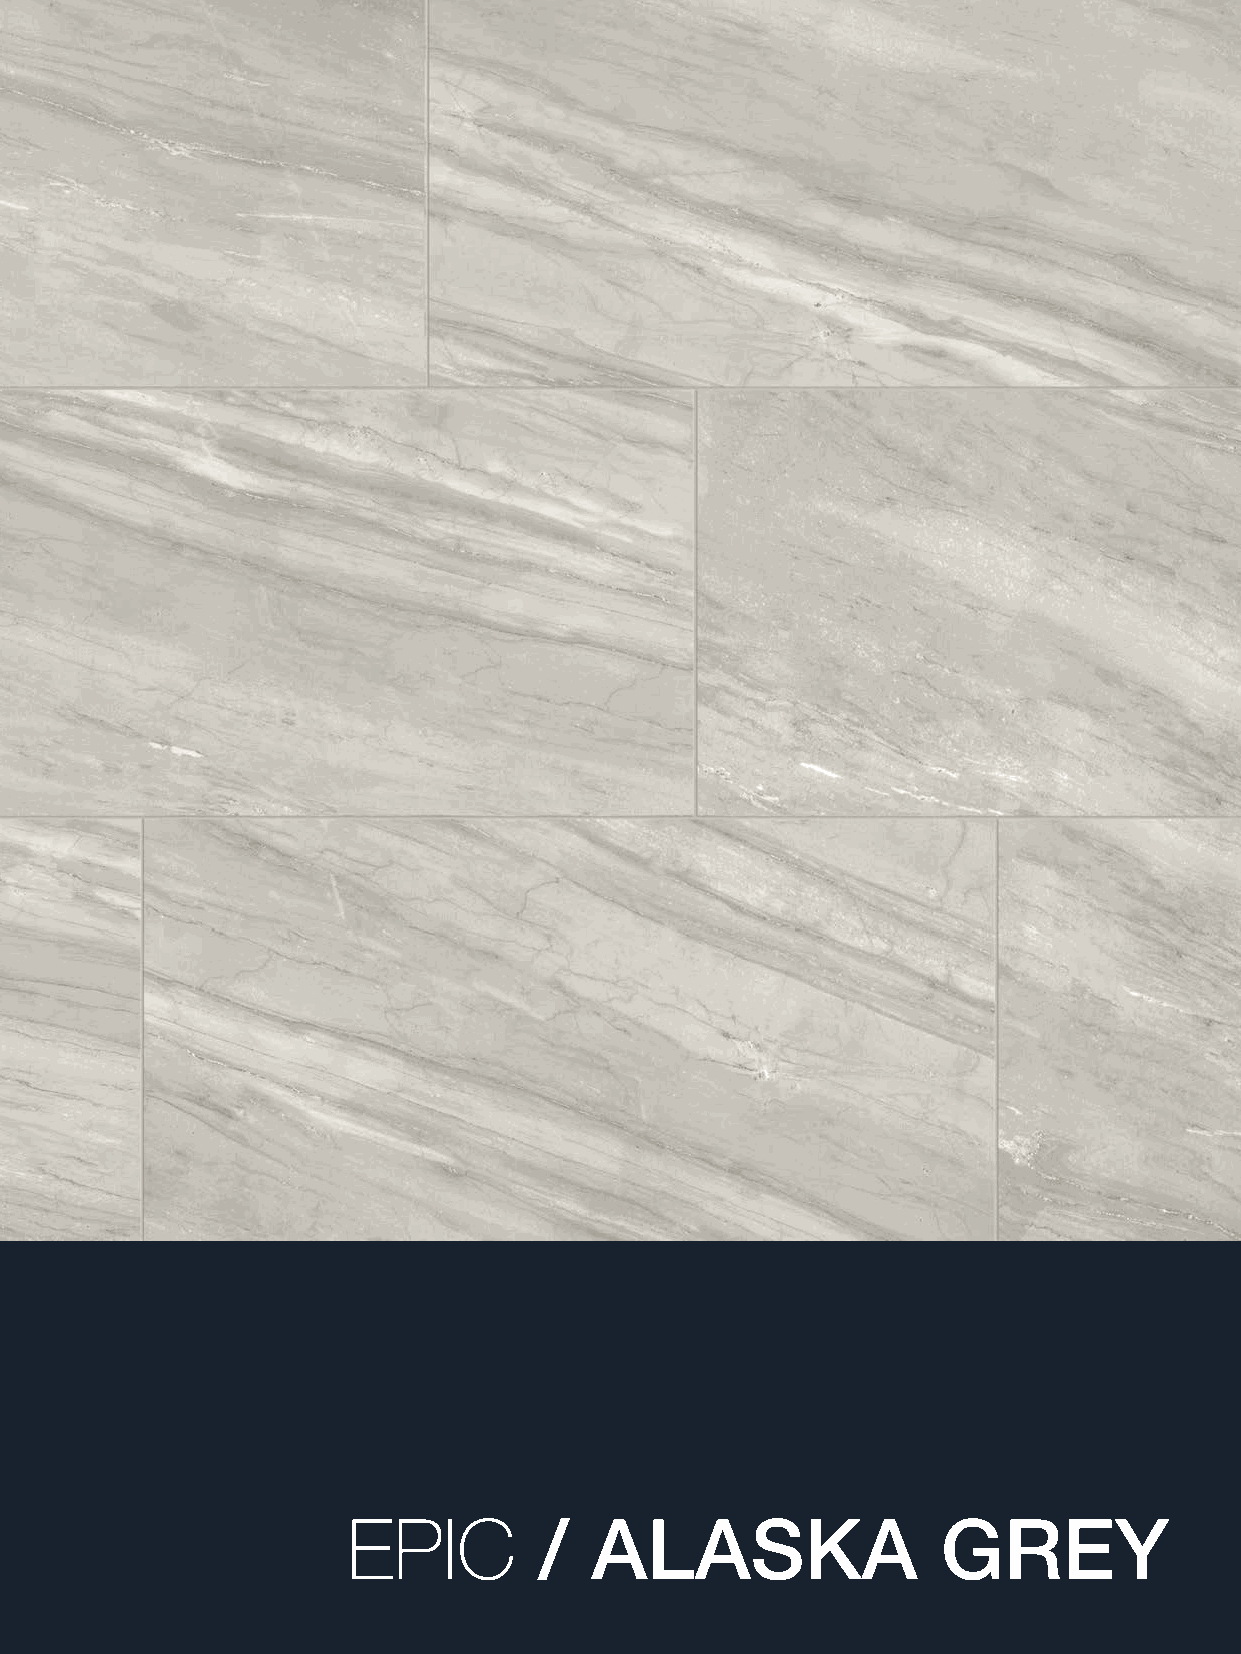
19
 EPIC
 /  ALASKA                 GREY